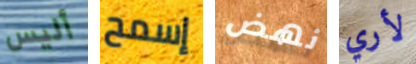
أليس إسمح نهض لأري